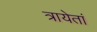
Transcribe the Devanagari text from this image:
त्रायेतां